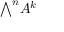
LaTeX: { \textstyle \bigwedge } ^ { n } A ^ { k }